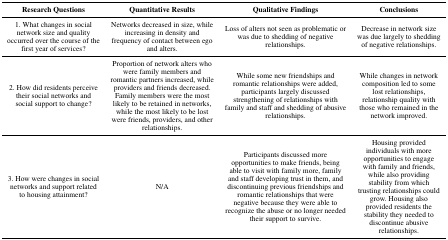
<table><thead><tr><td><b>Research Questions</b></td><td><b>Quantitative Results</b></td><td><b>Qualitative Findings</b></td><td><b>Conclusions</b></td></tr></thead><tbody><tr><td>1. What changes in social network size and quality occurred over the course of the first year of services?</td><td>Networks decreased in size, while increasing in density and frequency of contact between ego and alters.</td><td>Loss of alters not seen as problematic or was due to shedding of negative relationships.</td><td>Decrease in network size was due largely to shedding of negative relationships.</td></tr><tr><td>2. How did residents perceive their social networks and social support to change?</td><td>Proportion of network alters who were family members and romantic partners increased, while providers and friends decreased. Family members were the most likely to be retained in networks, while the most likely to be lost were friends, providers, and other relationships.</td><td>While some new friendships and romantic relationships were added, participants largely discussed strengthening of relationships with family and staff and shedding of abusive relationships.</td><td>While changes in network composition led to some lost relationships, relationship quality with those who remained in the network improved.</td></tr><tr><td>3. How were changes in social networks and support related to housing attainment?</td><td>N/A</td><td>Participants discussed more opportunities to make friends, being able to visit with family more, family and staff developing trust in them, and discontinuing previous friendships and romantic relationships that were negative because they were able to recognize the abuse or no longer needed their support to survive.</td><td>Housing provided individuals with more opportunities to engage with family and friends, while also providing stability from which trusting relationships could grow. Housing also provided residents the stability they needed to discontinue abusive relationships.</td></tr></tbody></table>